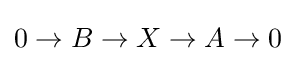
0\to B\to X\to A\to 0